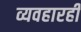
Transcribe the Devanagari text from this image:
व्यवहारही